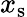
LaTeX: x_{\mathrm{{s}}}